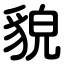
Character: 貌